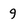
Character: 9